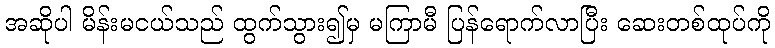
အဆိုပါ မိန်းမငယ်သည် ထွက်သွား၍မှ မကြာမီ ပြန်ရောက်လာပြီး ဆေးတစ်ထုပ်ကို